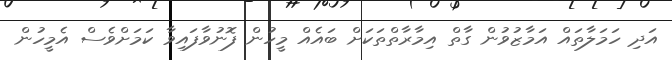
އަދި ހަމަލާތައް އަމާޒުވުން ގާތް އިމާރާތްތަކަށް ބައެއް މީހުން ފޮނުވާފައިވާ ކަމަށްވެސް އެމީހުން